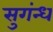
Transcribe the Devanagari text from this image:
सुगंन्ध